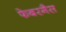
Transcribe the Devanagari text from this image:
फेबरगैस